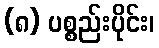
(၈) ပစ္စည်းပိုင်း၊